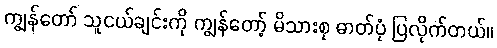
ကျွန်တော် သူငယ်ချင်းကို ကျွန်တော့် မိသားစု ဓာတ်ပုံ ပြလိုက်တယ်။